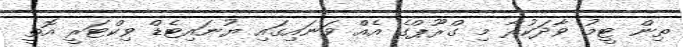
ތިން ޓީމު ވާދަކުރާ މި ގްރޫޕްގެ އެއް ވަނައިގައި ޔުނައިޓެޑް ވިކްޓަރީ އޮތީ